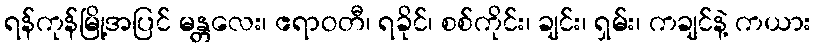
ရန်ကုန်မြို့အပြင် မန္တလေး၊ ဧရာဝတီ၊ ရခိုင်၊ စစ်ကိုင်း၊ ချင်း၊ ရှမ်း၊ ကချင်နဲ့ ကယား